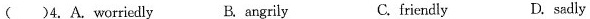
( )4. A. Worriedly B. angrily C. friendly D. sadly